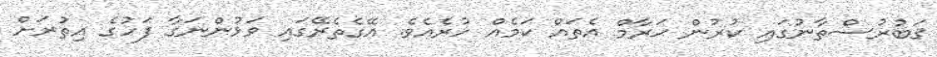
ޤަބުރުސްތާނުގައި ކުރުން ޙަރާމް އެތައް ކަމެއް ހުރެއެވެ. އޭގެތެރޭގައި ވަޅުންނަގާ ފަހުގެ އިތުރަށް